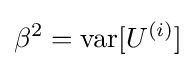
\beta ^{2}=\operatorname {var} [U^{(i)}]